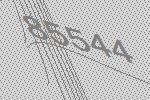
85544